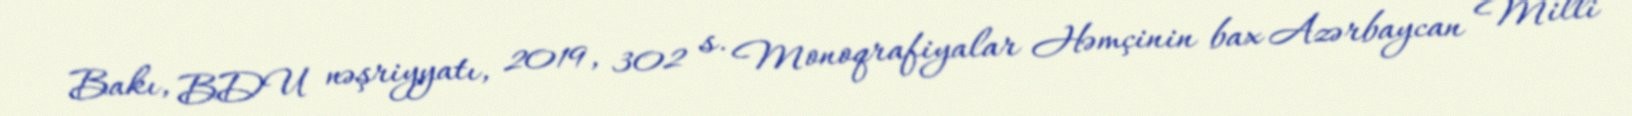
Bakı, BDU nəşriyyatı, 2019, 302 s. Monoqrafiyalar Həmçinin bax Azərbaycan Milli